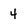
Character: 4